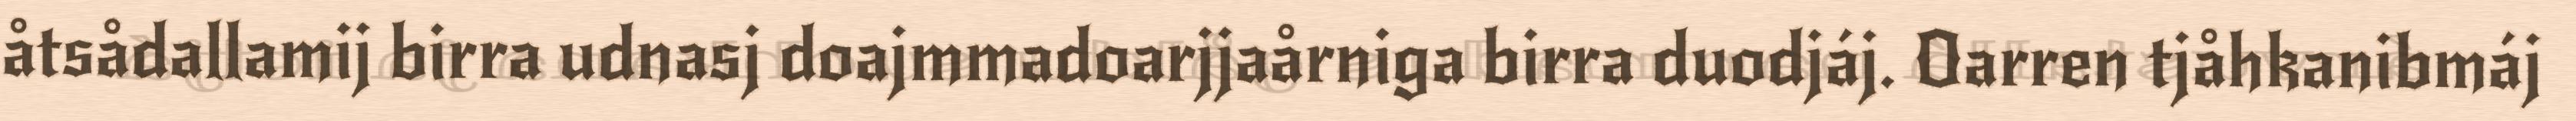
åtsådallamij birra udnasj doajmmadoarjjaårniga birra duodjáj. Oarren tjåhkanibmáj